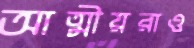
আত্মীয়রাও